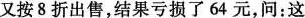
又按8折出售，结果亏损了64元，问：这